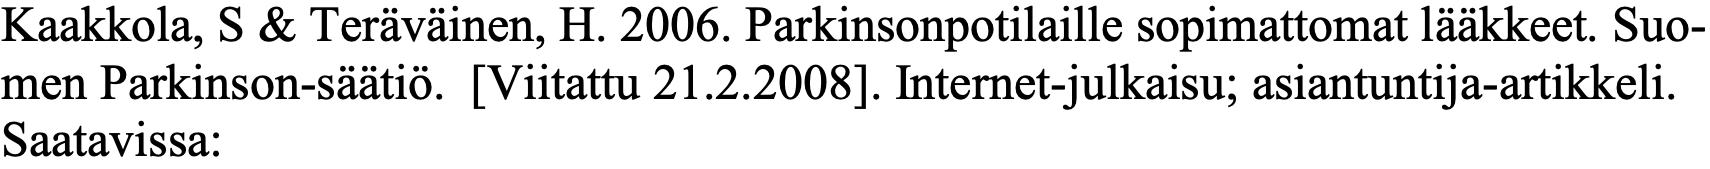
Kaakkola, S & Teräväinen, H. 2006. Parkinsonpotilaille sopimattomat lääkkeet. Suo- men Parkinson-säätiö. [Viitattu 21.2.2008]. Internet-julkaisu; asiantuntija-artikkeli. Saatavissa: